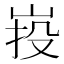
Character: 𡷠